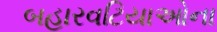
બહારવટિયાઓના